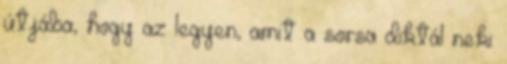
útjába, hogy az legyen, amit a sorsa diktál neki: